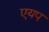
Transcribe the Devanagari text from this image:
एयप